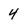
Character: 4